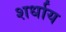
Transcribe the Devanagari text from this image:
शर्धाय